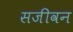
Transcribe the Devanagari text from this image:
सजीवन